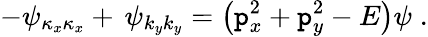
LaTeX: -\psi_{\kappa_{x}\kappa_{x}}+\, \psi_{k_{y}k_{y}}=\left(\mathtt{p}_{x}^{2}+\mathtt{p}_{y}^{2}-E\right)\psi\; .